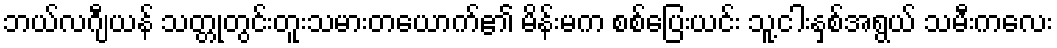
ဘယ်လဂျီယန် သတ္တုတွင်းတူးသမားတယောက်၏ မိန်းမက စစ်ပြေးယင်း သူ့ငါးနှစ်အရွယ် သမီးကလေး